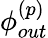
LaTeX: \phi_{out}^{\left(p\right)}